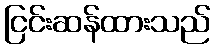
ငြင်းဆန်ထားသည်